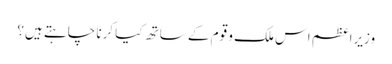
وزیراعظم اس ملک و قوم کے ساتھ کیا کرنا چاہتے ہیں؟